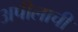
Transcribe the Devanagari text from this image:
अपीलाची